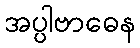
အပ္ပါဗာဓေန